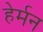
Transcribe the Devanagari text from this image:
हेर्मन